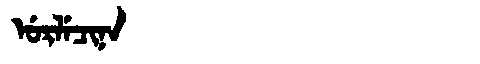
Manchu: ᡠᡵᠯᡝᠴᡳᠨᠠ
Romanization: URLECINA